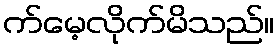
က်မေ့လိုက်မိသည်။